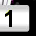
Digit: 1